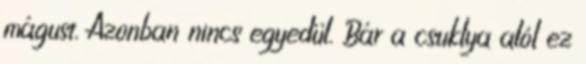
mágust. Azonban nincs egyedül. Bár a csuklya alól ez